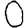
Digit: 0